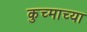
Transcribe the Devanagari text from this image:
कुच्माच्या